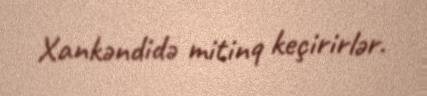
Xankəndidə mitinq keçirirlər.